Document type: Sale
Year: 1499
Scribe: Joan Martínez de Sòria
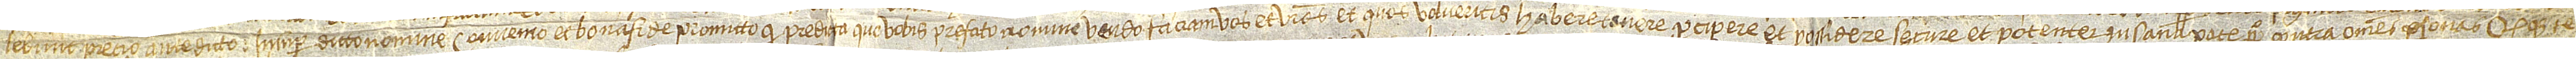
lebunt precio antedicto. Insuper dicto nomine convenio et bona fide promitto quod predicta que vobis prefato nomine vendo faciam vos et vestros et quos volueritis habere, tenere, percipere et possidere secure et potenter in sana pace perpetuo contra omnes personas, quodque te-